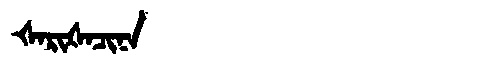
Manchu: ᡧᠠᡵᡳᡧᠠᠴᡳᠨᠠ
Romanization: ŠARIŠACINA